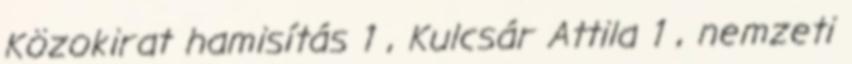
Közokirat hamisítás 1 , Kulcsár Attila 1 , nemzeti